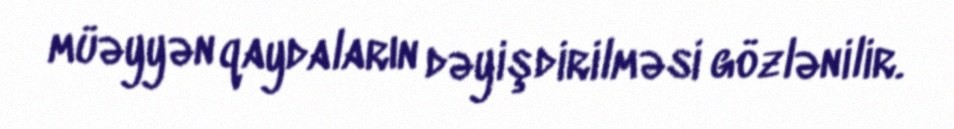
müəyyən qaydaların dəyişdirilməsi gözlənilir.